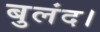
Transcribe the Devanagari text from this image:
बुलंद।